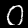
Label: 0